Vaccination in Bombay 1924-1928 - 1924-1928
Year: 1924
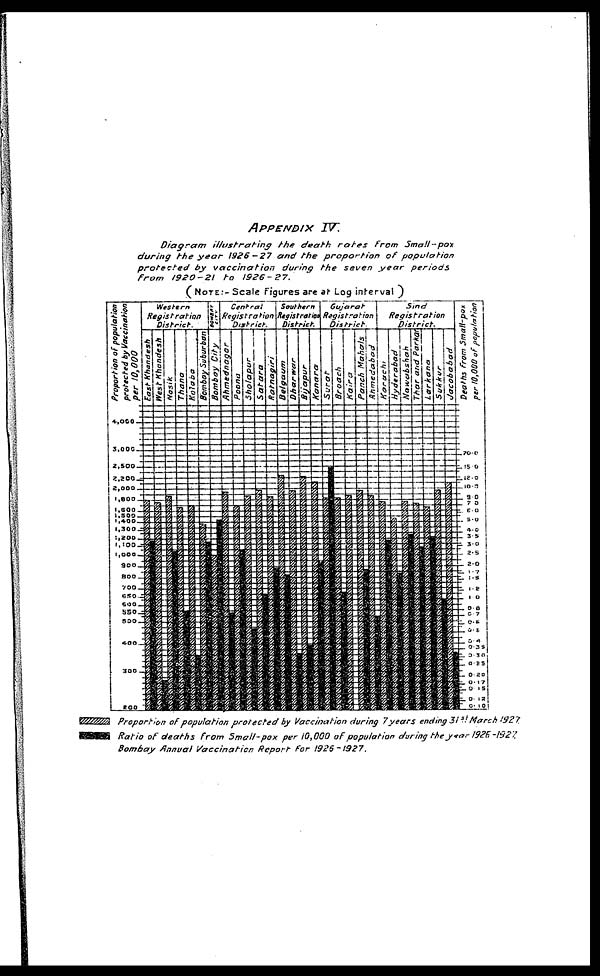
APPENDIX IV.
Diagram
illustrating
the death
rates
from
Small-pox
during the year 1926-27
and the proportion
of
population
protected
by vaccination
during the seven year
periods
from
1920-21
to
1926-27.
( NOTE:- Scale Figures are at Log interval )